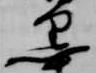
黒